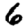
Digit: 6